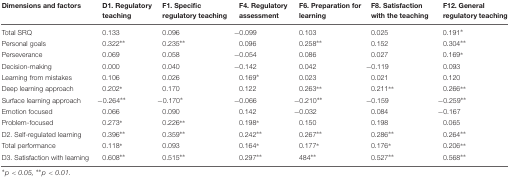
<table><thead><tr><td><b>Dimensions and factors</b></td><td><b>D1. Regulatory teaching</b></td><td><b>F1. Specific regulatory teaching</b></td><td><b>F4. Regulatory assessment</b></td><td><b>F6. Preparation for learning</b></td><td><b>F8. Satisfaction with the teaching</b></td><td><b>F12. General regulatory teaching</b></td></tr></thead><tbody><tr><td>Total SRQ</td><td>0.133</td><td>0.096</td><td>-0.099</td><td>0.103</td><td>0.025</td><td>0.191<sup>∗</sup></td></tr><tr><td>Personal goals</td><td>0.322<sup>∗∗</sup></td><td>0.235<sup>∗∗</sup></td><td>0.096</td><td>0.258<sup>∗∗</sup></td><td>0.152</td><td>0.304<sup>∗∗</sup></td></tr><tr><td>Perseverance</td><td>0.069</td><td>0.058</td><td>-0.054</td><td>0.086</td><td>0.027</td><td>0.169<sup>∗</sup></td></tr><tr><td>Decision-making</td><td>0.000</td><td>0.040</td><td>-0.142</td><td>0.042</td><td>-0.119</td><td>0.093</td></tr><tr><td>Learning from mistakes</td><td>0.106</td><td>0.026</td><td>0.169<sup>∗</sup></td><td>0.023</td><td>0.021</td><td>0.120</td></tr><tr><td>Deep learning approach</td><td>0.202<sup>∗</sup></td><td>0.170</td><td>0.122</td><td>0.263<sup>∗∗</sup></td><td>0.211<sup>∗∗</sup></td><td>0.266<sup>∗∗</sup></td></tr><tr><td>Surface learning approach</td><td>-0.264<sup>∗∗</sup></td><td>-0.170<sup>∗</sup></td><td>-0.066</td><td>-0.210<sup>∗∗</sup></td><td>-0.159</td><td>-0.259<sup>∗∗</sup></td></tr><tr><td>Emotion focused</td><td>0.066</td><td>0.090</td><td>0.142</td><td>-0.032</td><td>0.084</td><td>-0.167</td></tr><tr><td>Problem-focused</td><td>0.273<sup>∗</sup></td><td>0.226<sup>∗∗</sup></td><td>0.198<sup>∗</sup></td><td>0.150</td><td>0.198</td><td>0.065</td></tr><tr><td>D2. Self-regulated learning</td><td>0.396<sup>∗∗</sup></td><td>0.359<sup>∗∗</sup></td><td>0.242<sup>∗∗</sup></td><td>0.267<sup>∗∗</sup></td><td>0.286<sup>∗∗</sup></td><td>0.264<sup>∗∗</sup></td></tr><tr><td>Total performance</td><td>0.118<sup>∗</sup></td><td>0.093</td><td>0.164<sup>∗</sup></td><td>0.177<sup>∗</sup></td><td>0.176<sup>∗</sup></td><td>0.206<sup>∗∗</sup></td></tr><tr><td>D3. Satisfaction with learning</td><td>0.608<sup>∗∗</sup></td><td>0.515<sup>∗∗</sup></td><td>0.297<sup>∗∗</sup></td><td>484<sup>∗∗</sup></td><td>0.527<sup>∗∗</sup></td><td>0.568<sup>∗∗</sup></td></tr></tbody></table>